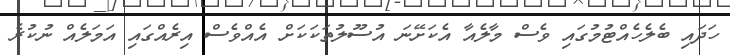
ހަދައި ބެލެހެއްޓުމުގައި ވެސް މާލެއާ އެކަށޭނަ އުސޫލުތަކަކަށް އެއްވެސް އިރެއްގައި އަމަލެއް ނުކުރެ